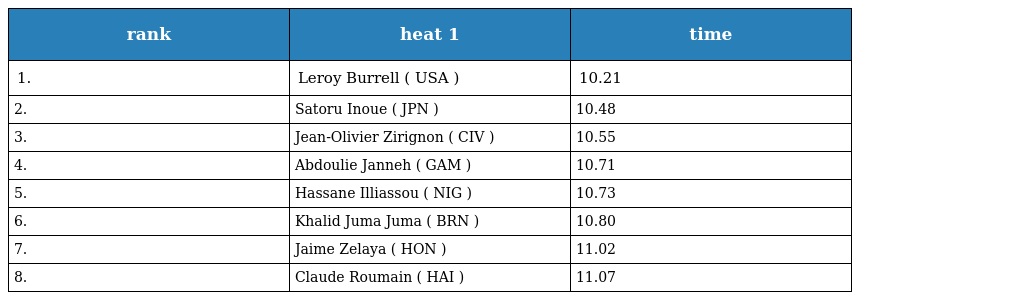
| rank | heat 1 | time |
 | --- | --- | --- |
 | 1. | Leroy Burrell ( USA ) | 10.21 |
 | 2. | Satoru Inoue ( JPN ) | 10.48 |
 | 3. | Jean-Olivier Zirignon ( CIV ) | 10.55 |
 | 4. | Abdoulie Janneh ( GAM ) | 10.71 |
 | 5. | Hassane Illiassou ( NIG ) | 10.73 |
 | 6. | Khalid Juma Juma ( BRN ) | 10.80 |
 | 7. | Jaime Zelaya ( HON ) | 11.02 |
 | 8. | Claude Roumain ( HAI ) | 11.07 |